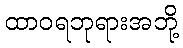
ထာဝရဘုရားအဘို့